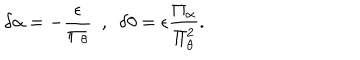
LaTeX: \delta \alpha = - \frac { \epsilon } { \Pi _ { \theta } } ~ ~ , ~ ~ \delta \theta = \epsilon \frac { \Pi _ { \alpha } } { \Pi _ { \theta } ^ { 2 } } .